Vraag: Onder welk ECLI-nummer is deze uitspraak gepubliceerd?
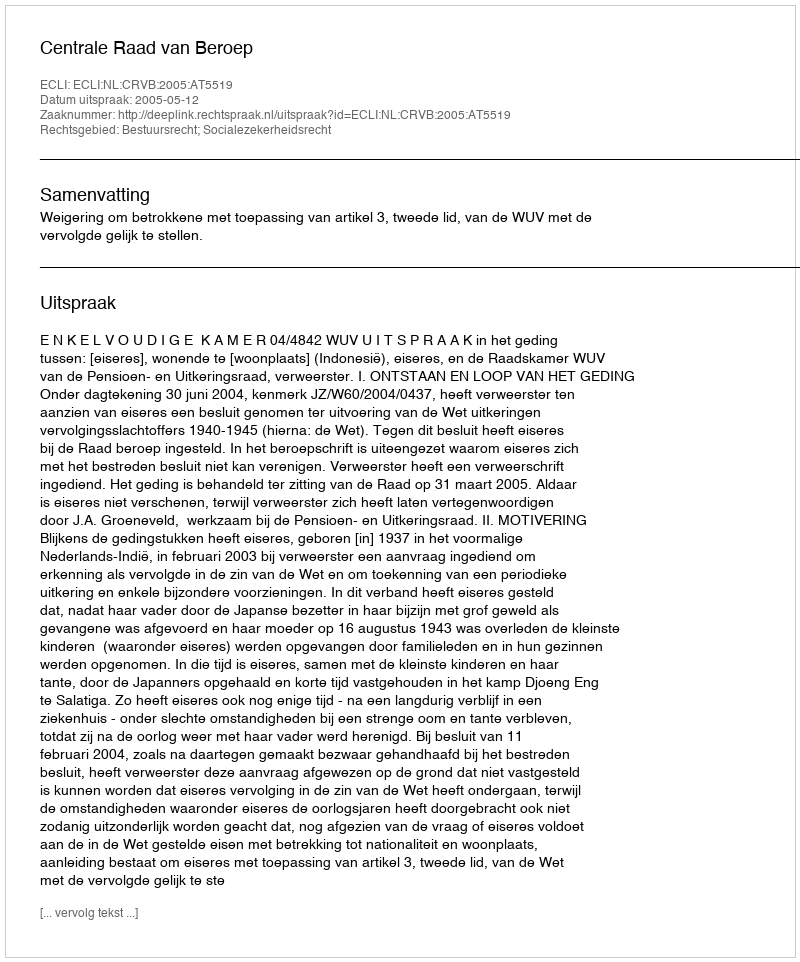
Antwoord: ECLI:NL:CRVB:2005:AT5519